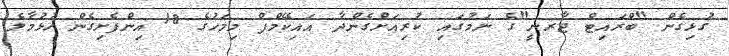
ގުޅިގެން "ބްރައިޓް ޖާރނީ"ގެ ނަމުގައި ކުރިއަށްގެންދާ އައިކޭމްޕް މިމަހުގެ 18 އިންފެށިގެން ހުޅުމާލެ